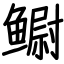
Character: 鳚